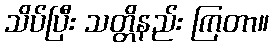
သိပ်ပြီး သတ္တိနည်း ကြတာ။